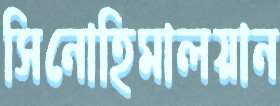
সিনোহিমালয়ান